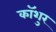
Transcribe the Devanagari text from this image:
कॉशुर